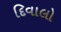
દિવાલો